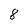
Character: 8